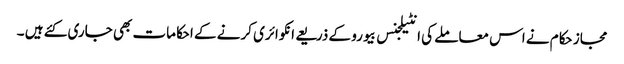
مجاز حکام نے اس معاملے کی انٹیلجنس بیورو کے ذریعے انکوائری کرنے کے احکامات بھی جاری کئے ہیں ۔